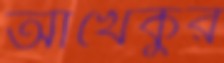
আখেকুর